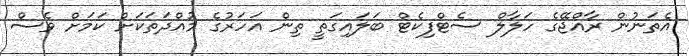
އެތަނުން ރާއްޖޭގެ ހަލާލް ސެޓްފިކެޓް ބަލައިގަތީ ތިން އަހަރުގެ މުއްދަތަކަށް ކަމަށް ވެސް